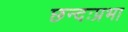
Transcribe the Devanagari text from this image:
छन्दःप्रभा